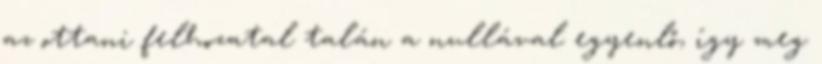
az ottani felhozatal talán a nullával egyenlő, így meg